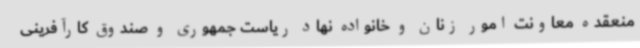
منعقده معاونت امور زنان و خانواده نهاد ریاست جمهوری و صندوق کارآفرینی